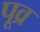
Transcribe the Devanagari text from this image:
पूव्र